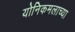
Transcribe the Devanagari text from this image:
योनिकमलाच्या